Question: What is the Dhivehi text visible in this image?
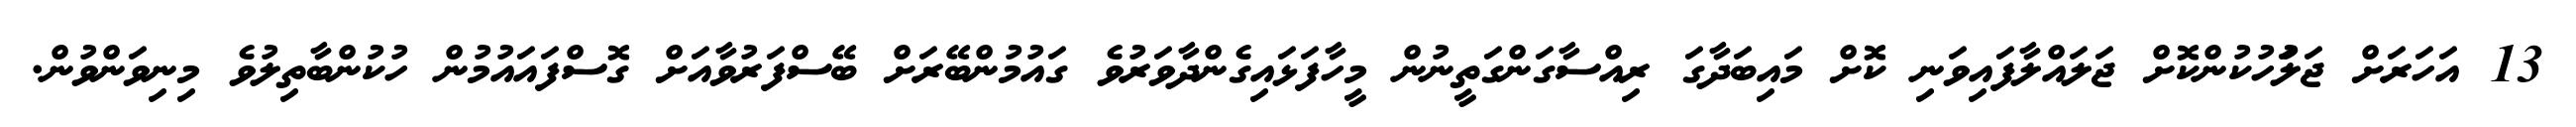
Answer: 13 އަހަރަށް ޖަލަުހުކުންކޮށް ޖަލައްލާފައިވަނި ކޮށް މައިބަދާގަ ރިއްސާގަންގަތީނުން މީހާފަޅައިގެންދާވަރުވެ ގައުމުންބޭރަށް ބޭސްފަރުވާއަށް ގޮސްފައައުމުން ހުކުންބާތިލުވެ މިނިވަންވުން.